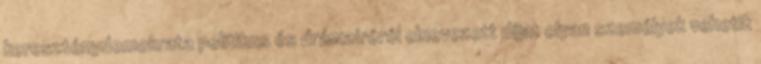
kereszténydemokrata politikus és drámaíróról elnevezett díjat olyan személyek vehetik